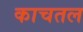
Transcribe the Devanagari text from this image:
काचतल